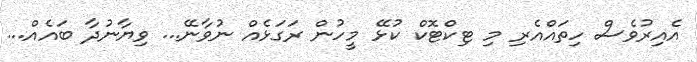
އެއިރުވެސް ހިތައްއެރި މި ޓިކްޓޮކް ކުޅޭ މީހުން ރަގަަޅެއް ނުވާނޭ... ވިޔާނުދާ ބައެއް...